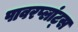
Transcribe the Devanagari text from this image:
पावरप्लांट्स